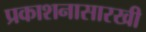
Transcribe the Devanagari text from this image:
प्रकाशनासारखी